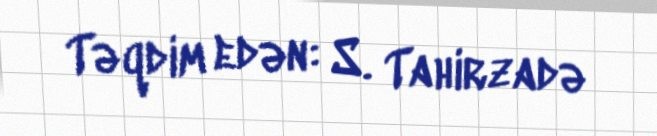
Təqdim edən: S. Tahirzadə